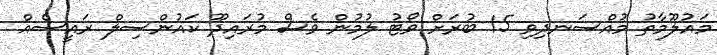
މައުލޫމާތު މުއްސަނދިވި 15 ބުރަށް ވޯޓު ލުމުން ވެސް މުރައިދޫ ކައުންސިލް ރައީސެއް